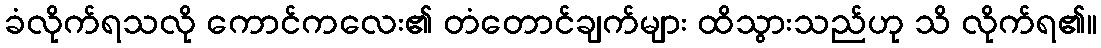
ခံလိုက်ရသလို ကောင်ကလေး၏ တံတောင်ချက်များ ထိသွားသည်ဟု သိ လိုက်ရ၏။